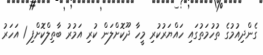
ގެންދިއުމުގެ ތުހުމަތުގައި ހައްޔަރުކުރި މީހާ ދޫކޮށްލަން ކުރި އަމުރު ބާތިލްކޮށްފި 1 އަހަރު